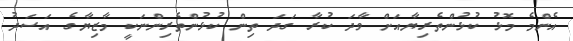
އެންމެ މޮޅު ކުޅުންތެރިޔާއަށް ވާދަ ކުރާ ގަދަ ތިން ކުޅުންތެރިންނަކީ މާޒިޔާގެ އަސަދު